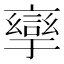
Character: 𲁱